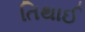
તિથાઈ